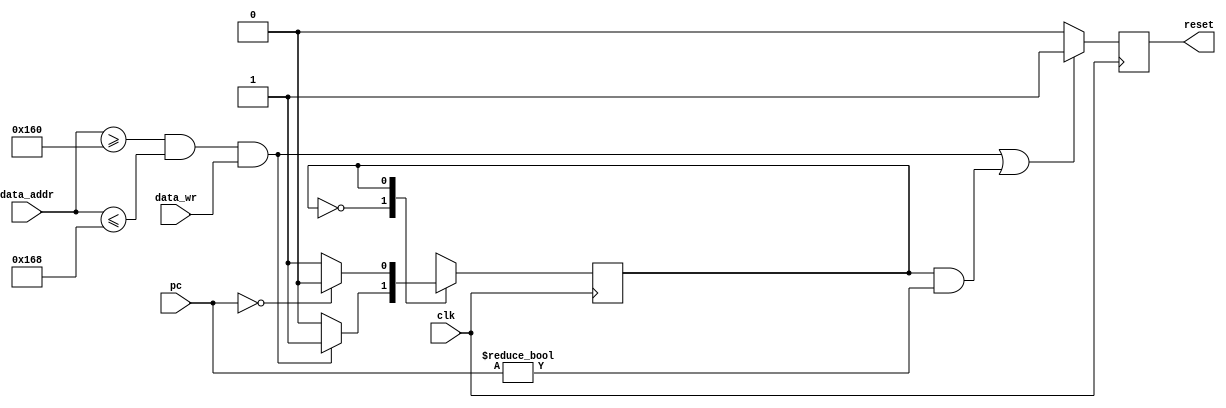
module CR_integrity (
// INPUT /////////////////////////////////////////////////////////////////
    clk,
    data_addr,
    data_wr,
    pc,

// OUTPUT ////////////////////////////////////////////////////////////////
    reset
);

input        clk;
input [15:0] data_addr;
input        data_wr;
input [15:0] pc;

output       reset;

// Region definitions in memory //////////////////////////////////////////
parameter META_BASE = 16'h0160;
parameter META_END  = 16'h0168;

// FSM States /////
parameter RUN = 1'b0;
parameter RST = 1'b1;
///////////////////

parameter RESET_HANDLER = 16'h0000;

wire in_meta_memory = (data_addr >= META_BASE && data_addr <= META_END);

reg state;
reg meta_reset;

initial
begin
    state = RST;
    meta_reset = 1'b1;
end

always @(posedge clk)
begin
    case (state) 
        RUN:
           if (in_meta_memory && data_wr)
               state <= RST;
           else
               state <= state;
        RST:
           if (pc == RESET_HANDLER)
               state <= RUN;
           else
               state <= state;
    endcase
end

// OUTPUT LOGIC //////////////////////////////////////////////////////////
always @(posedge clk)
begin
    if ( (in_meta_memory && data_wr) ||
         (state == RST && pc != RESET_HANDLER)
       )
        meta_reset <= 1'b1;
   else 
        meta_reset <= 1'b0;
end

assign reset = meta_reset;

endmodule